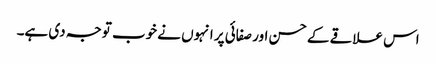
اس علاقے کے حسن اور صفائی پر انہوں نے خوب توجہ دی ہے۔